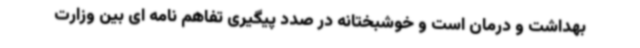
بهداشت و درمان است و خوشبختانه در صدد پیگیری تفاهم نامه ای بین وزارت